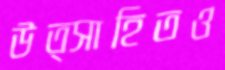
উত্সাহিতও